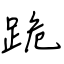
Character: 跪